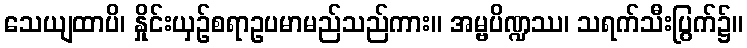
သေယျထာပိ၊ နှိုင်းယှဉ်စရာဥပမာမည်သည်ကား။ အမ္ဗပိဏ္ဍဿ၊ သရက်သီးပြွက်၌။